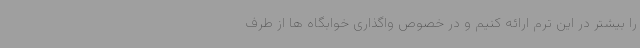
را بیشتر در این ترم ارائه کنیم و در خصوص واگذاری خوابگاه ها از طرف